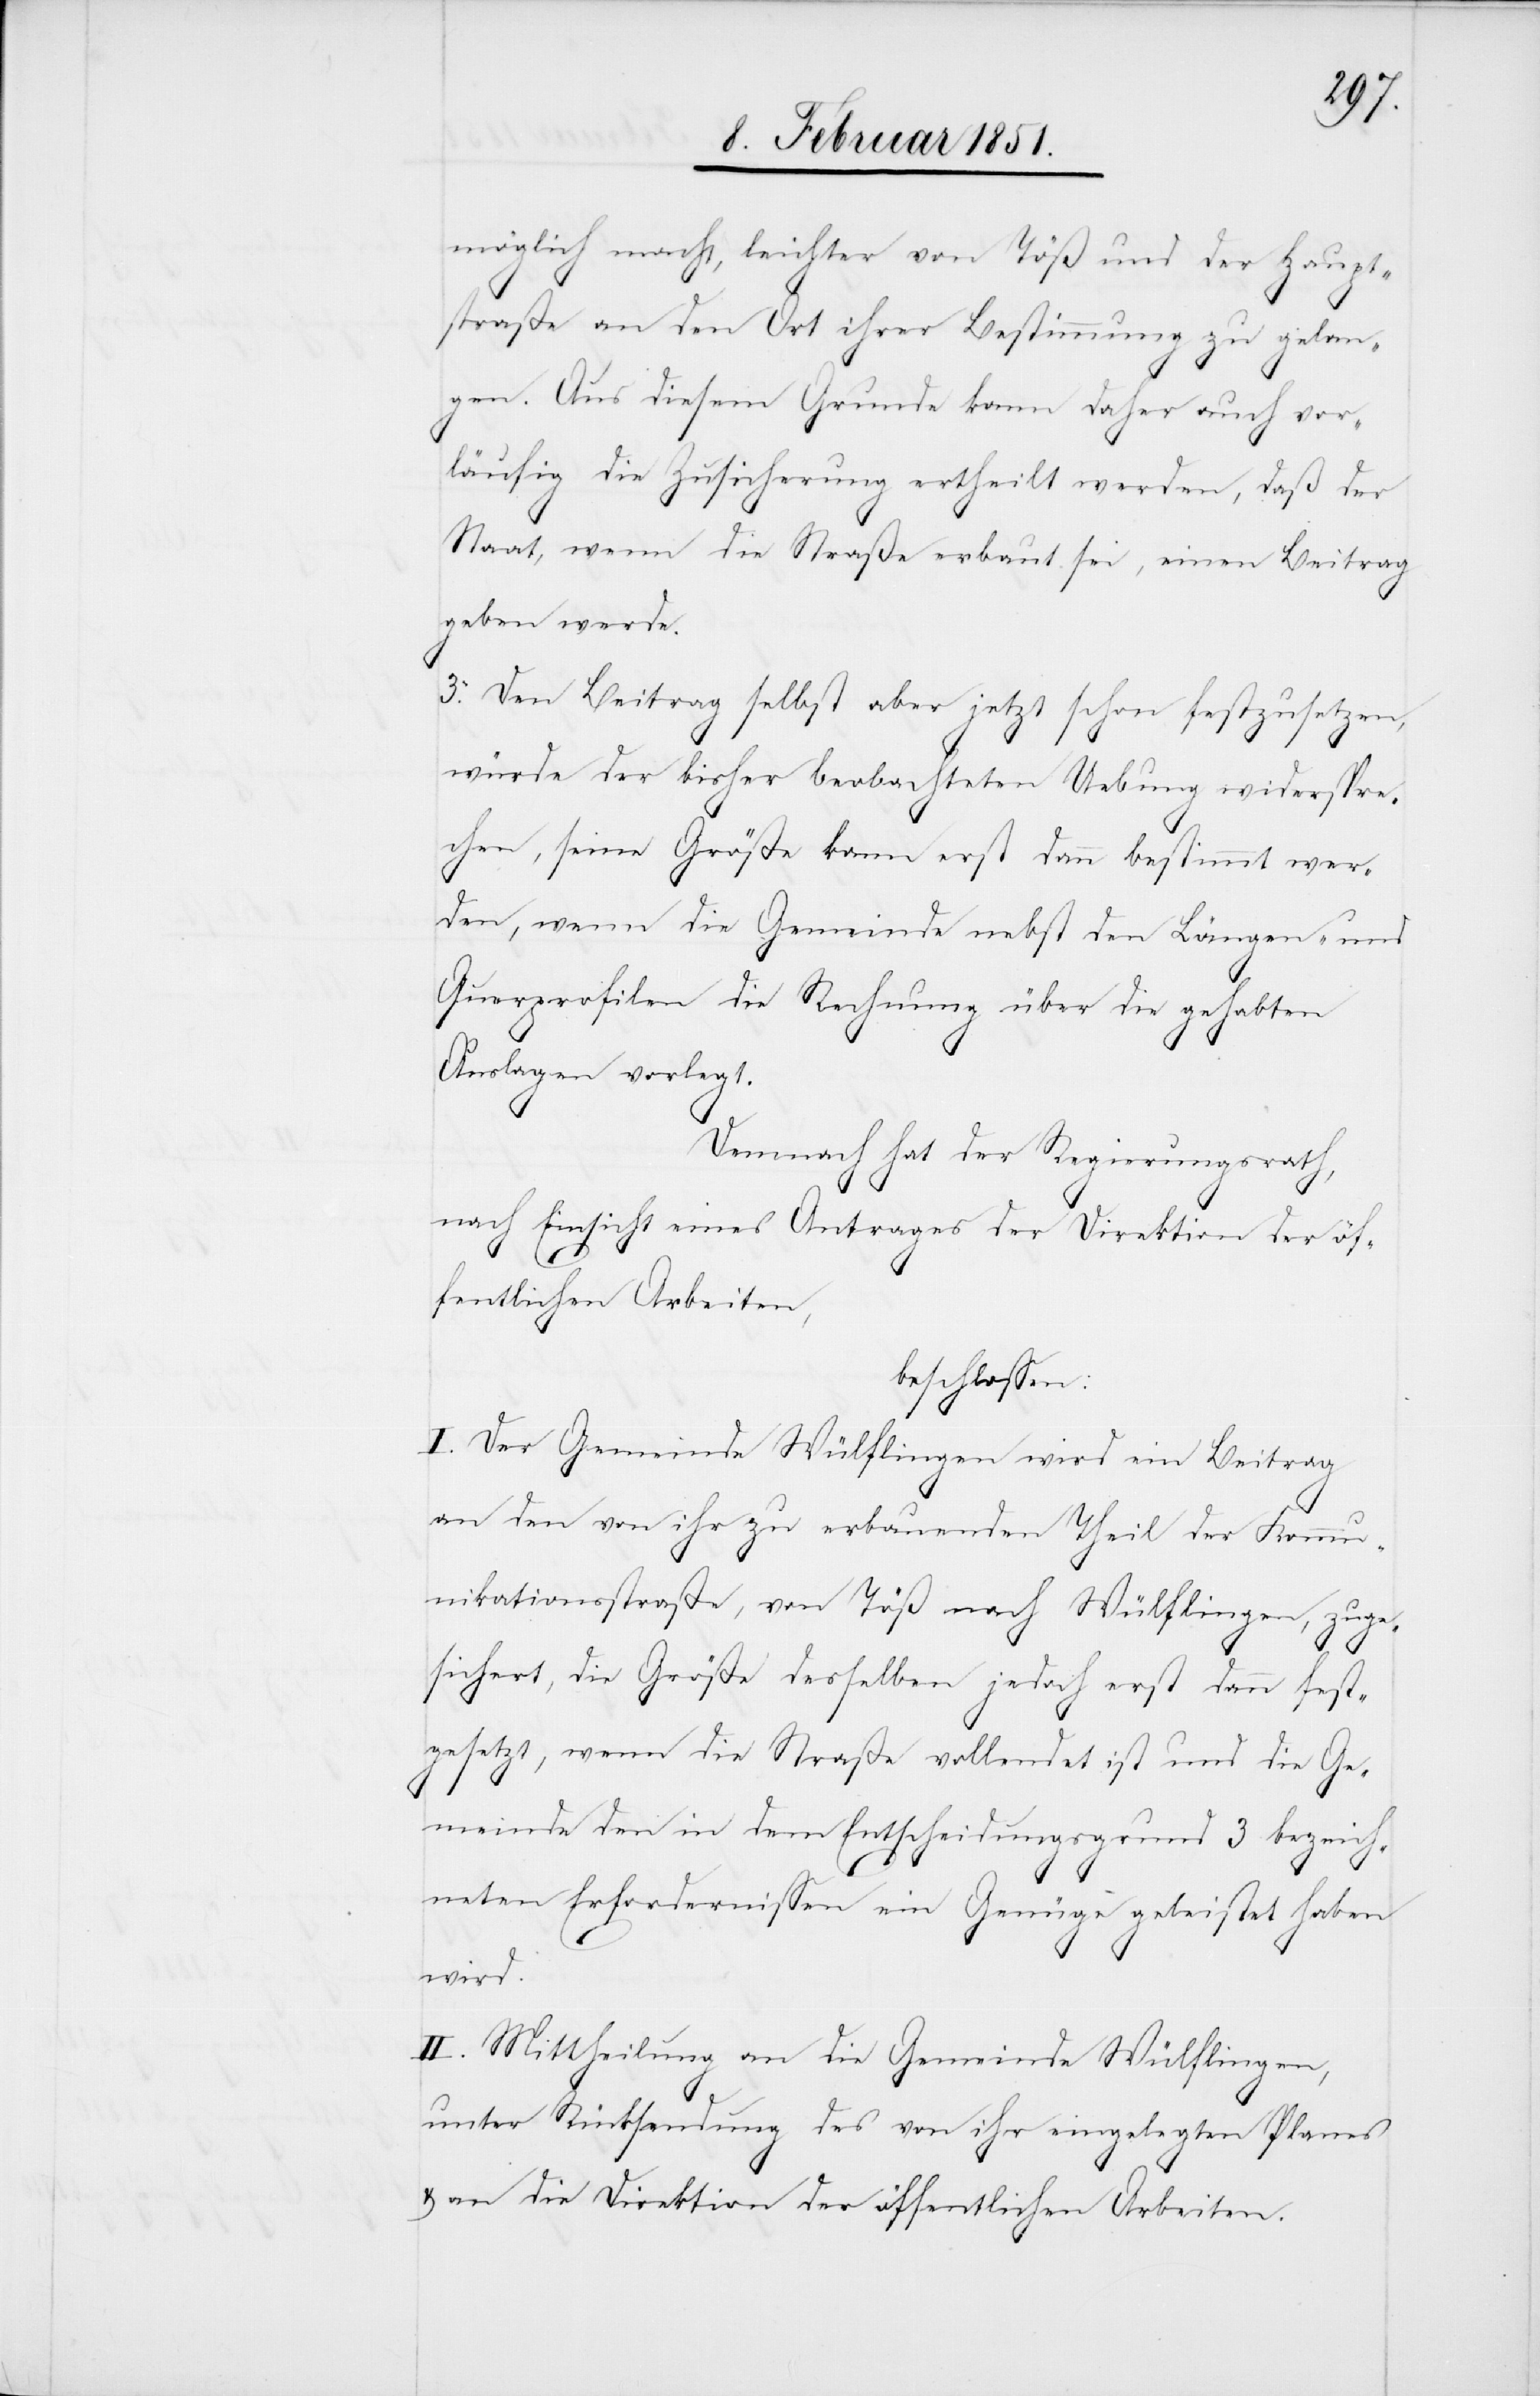
möglich macht, leichter von Töß und der Haupt¬
straße an den Ort ihrer Bestimmung zu gelan¬
gen. Aus diesem Grunde kann daher auch vor¬
läufig die Zusicherung ertheilt werden, daß der
Staat, wenn die Straße erbaut sei, einen Beitrag
geben werde.
3. Den Beitrag selbst aber jetzt schon festzusetzen,
würde der bisher beobachteten Uebung widerspre¬
chen, seine Größe kann erst dann bestimmt wer¬
den, wenn die Gemeinde nebst den Längen- und
Querprofilen die Rechnung über die gehabten
Auslagen vorlegt.
Demnach hat der Regierungsrath,
nach Einsicht eines Antrages der Direktion der öf¬
fentlichen Arbeiten,
beschlossen:
I. Der Gemeinde Wülflingen wird ein Beitrag
an den von ihr zu erbauenden Theil der Kommu¬
nikationsstraße, von Töß nach Wülflingen, zuge¬
sichert, die Größe desselben jedoch erst dann fest¬
gesetzt, wenn die Straße vollendet ist und die Ge¬
meinde den in dem Entscheidungsgrund 3 bezeich¬
neten Erfordernissen ein Genüge geleistet haben
wird.
II. Mittheilung an die Gemeinde Wülflingen,
unter Rücksendung des von ihr eingelegten Planes
& an die Direktion der öffentlichen Arbeiten.